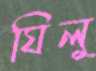
ঘিলু